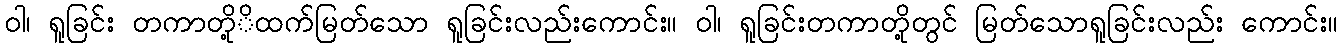
ဝါ၊ ရူခြင်း တကာတို့ိထက်မြတ်သော ရူခြင်းလည်းကောင်း။ ဝါ၊ ရူခြင်းတကာတို့တွင် မြတ်သောရူခြင်းလည်း ကောင်း။